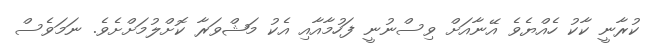
ކުރާނީ ކާކު ހެއްޔެވެ އޭނާއަށް ވިސްނުނީ ފަހުމާއާއި އެކު މަޝްވަރާ ކޮށްލުމަށްށެވެ. ނަމަވެސް